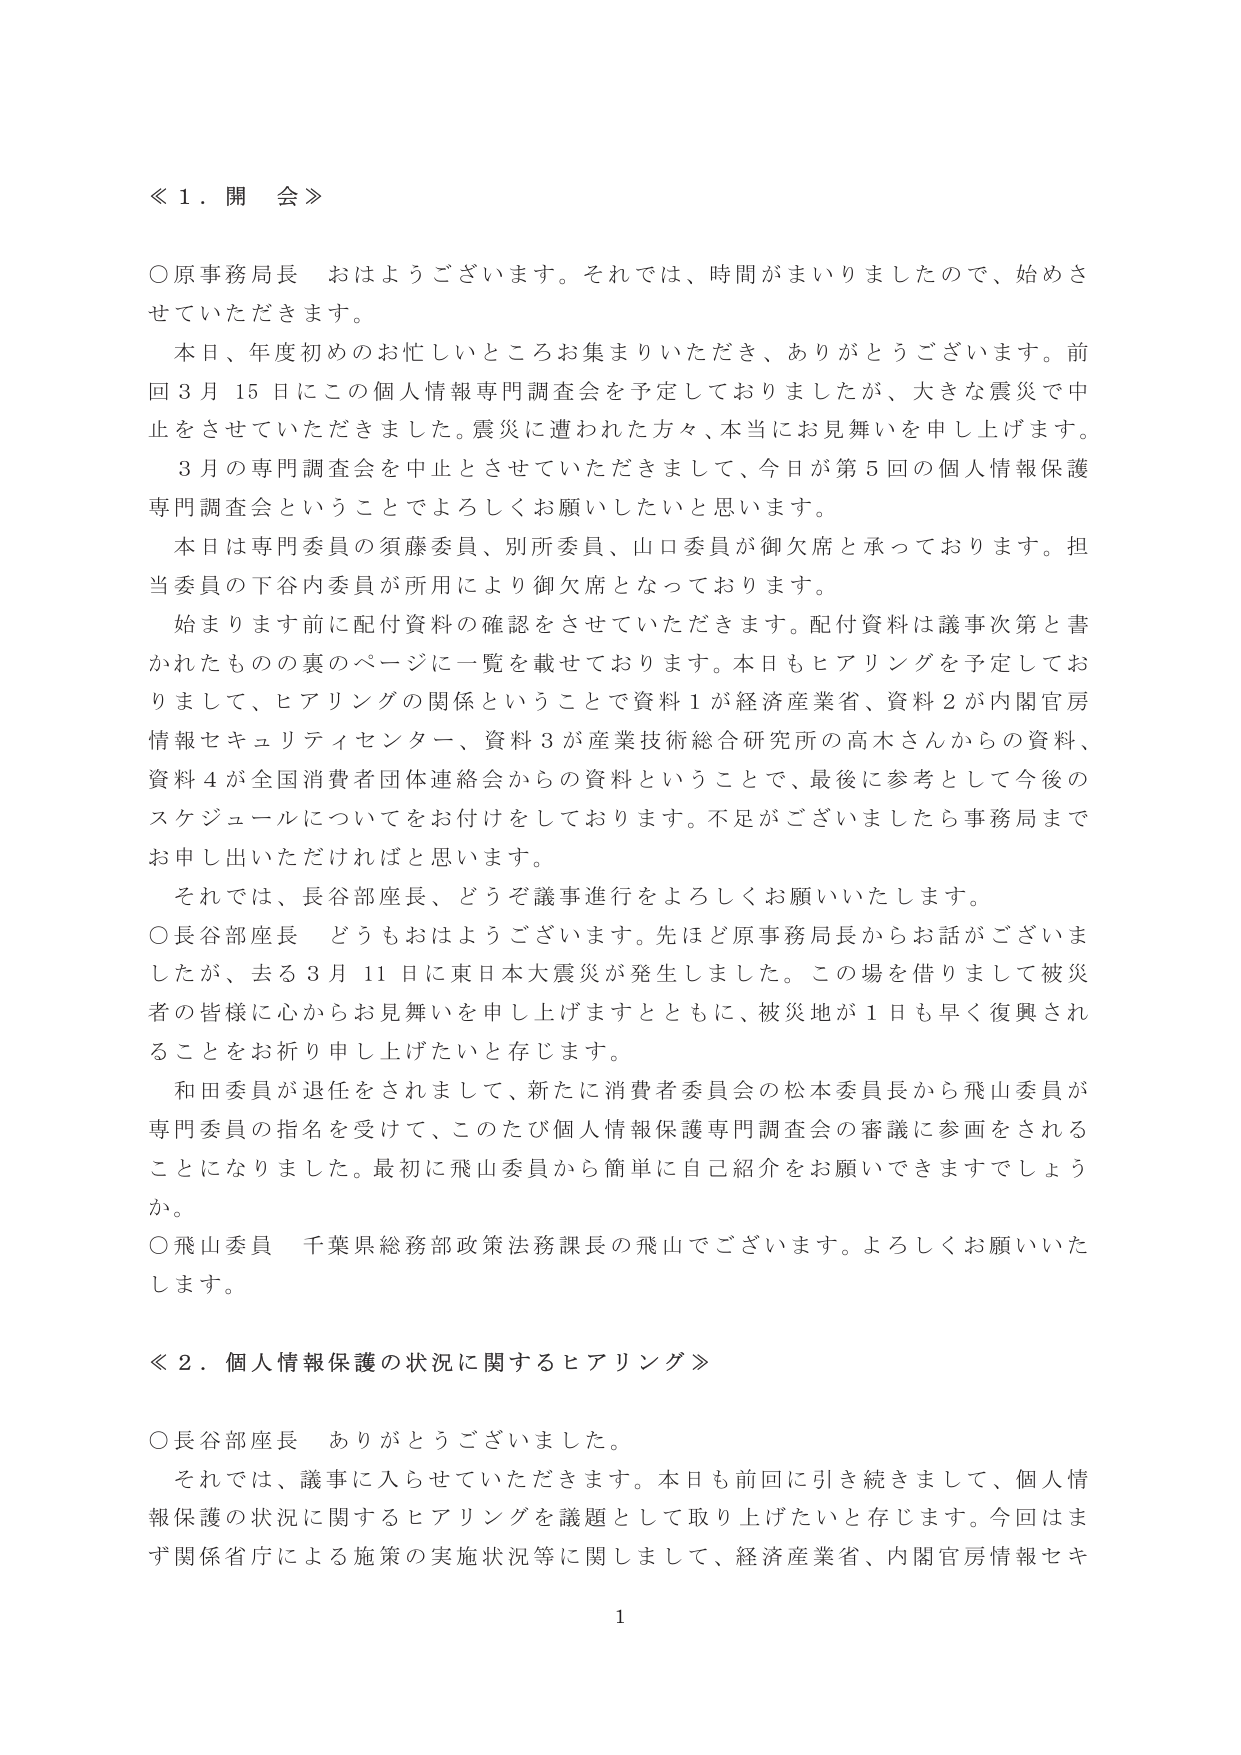
≪１．開会≫

○原事務局長　おはようございます。それでは、時間がまいりましたので、始めさせていただきます。

本日、年度初めのお忙しいところお集まりいただき、ありがとうございます。前回３月15日にこの個人情報専門調査会を予定しておりましたが、大きな震災で中止をさせていただきました。震災に遭われた方々、本当にお見舞いを申し上げます。

３月の専門調査会を中止とさせていただきまして、今日が第５回の個人情報保護専門調査会ということでよろしくお願いしたいと思います。

本日は専門委員の須藤委員、別所委員、山口委員が御欠席と承っております。担当委員の下谷内委員が所用により御欠席となっております。

始めます前に配付資料の確認をさせていただきます。配付資料は議事次第と書かれたものの裏のページに一覧を載せております。本日もヒアリングを予定しておりまして、ヒアリングの関係ということで資料１が経済産業省、資料２が内閣官房情報セキュリティセンター、資料３が産業技術総合研究所の高木さんからの資料、資料４が全国消費者団体連絡会からの資料ということで、最後に参考として今後のスケジュールについてをお付けをしております。不足がございましたら事務局までお申し出いただければと思います。

それでは、長谷部座長、どうぞ議事進行をよろしくお願いいたします。

○長谷部座長　どうもおはようございます。先ほど原事務局長からお話がございましたが、去る３月11日に東日本大震災が発生しました。この場を借りまして被災者の皆様に心からお見舞いを申し上げますとともに、被災地が１日も早く復興されることをお祈り申し上げたいと存じます。

和田委員が退任をされまして、新たに消費者委員会の松本委員長から飛山委員が専門委員の指名を受けて、このたび個人情報保護専門調査会の審議に参画されることになりました。最初に飛山委員から簡単に自己紹介をお願いできますでしょうか。

○飛山委員　千葉県総務部政策法務課長の飛山でございます。よろしくお願いいたします。

≪２．個人情報保護の状況に関するヒアリング≫

○長谷部座長　ありがとうございました。

それでは、議事に入らせていただきます。本日も前回に引き続きまして、個人情報保護の状況に関するヒアリングを議題として取り上げたいと存じます。今回はまず関係省庁による施策の実施状況等に関して、経済産業省、内閣官房情報セキュ

1